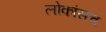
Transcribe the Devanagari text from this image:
लोकांसच